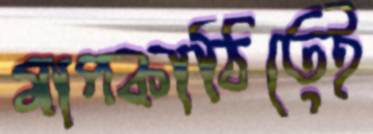
মাপকাঠিতেই